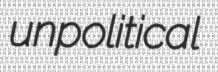
unpolitical